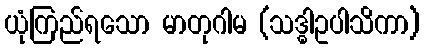
ယုံကြည်ရသော မာတုဂါမ (သဒ္ဓါဥပါသိကာ)